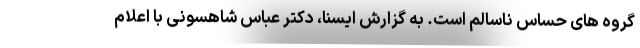
گروه های حساس ناسالم است. به گزارش ایسنا، دکتر عباس شاهسونی با اعلام